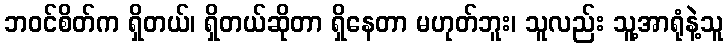
ဘဝင်စိတ်က ရှိတယ်၊ ရှိတယ်ဆိုတာ ရှိနေတာ မဟုတ်ဘူး၊ သူလည်း သူ့အာရုံနဲ့သူ